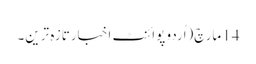
14 مارچ(اُردو پوائنٹ اخبارتازہ ترین۔